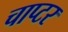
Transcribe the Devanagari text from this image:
चाप्टर